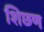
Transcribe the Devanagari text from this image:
शिछण